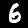
Label: 6